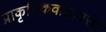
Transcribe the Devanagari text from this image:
प्राकृतिकवातावरण